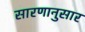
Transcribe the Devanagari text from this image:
सारणानुसार